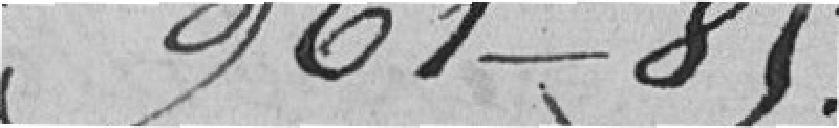
961-85.